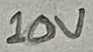
Text: 10V